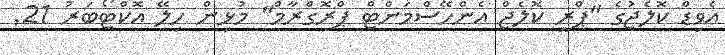
އެވިޑް ކޮލެޖުގެ "ޕްރީ ކޮލެޖް އެންހޭސްމަންޓް ޕްރޮގްރާމް" މުޅިން ހިލޭ އޮކްޓޯބަރު 21